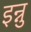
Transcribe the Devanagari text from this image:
इन्नु